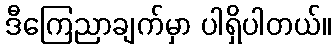
ဒီကြေညာချက်မှာ ပါရှိပါတယ်။